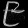
Digit: ၉